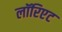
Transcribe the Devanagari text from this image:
लॉरिएट